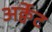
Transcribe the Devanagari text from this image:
अर्क्वेट